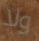
ولا